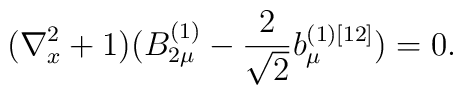
(\nabla^{2}_x + 1) (B^{(1)}_{2 \mu} - \frac{2}{\sqrt{2}} b^{(1)[12]}_{\mu})= 0.